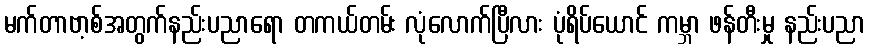
မက်တာဗာ့စ်အတွက်နည်းပညာရော တကယ်တမ်း လုံလောက်ပြီလား ပုံရိပ်ယောင် ကမ္ဘာ ဖန်တီးမှု နည်းပညာ